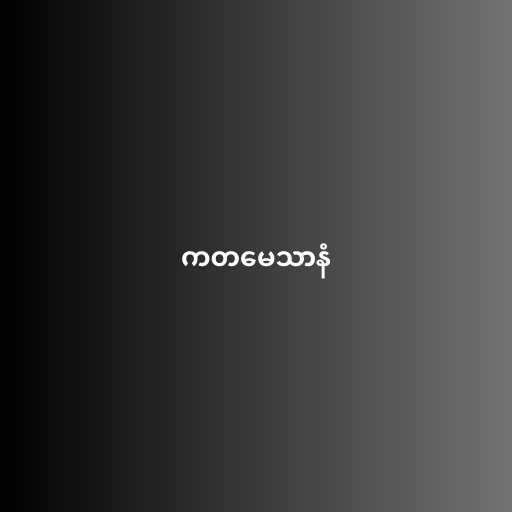
ကတမေသာနံ